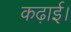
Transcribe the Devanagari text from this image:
कढ़ाई।